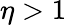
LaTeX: \eta>1